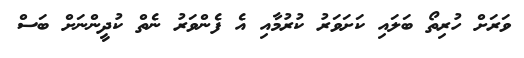
ވަރަށް ހުރިތޯ ބަލައި ކަށަވަރު ކުރުމާއި އެ ފެންވަރު ނެތް ކުދީންނަށް ބަސް